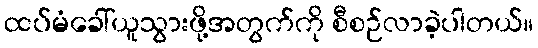
ထပ်မံခေါ်ယူသွားဖို့အတွက်ကို စီစဉ်လာခဲ့ပါတယ်။